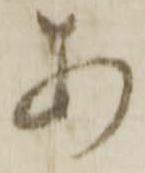
あ